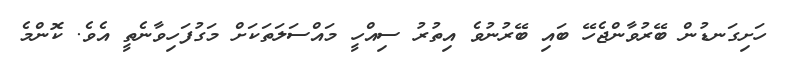
ހަށިގަނޑުން ބޭރުވާންޖެހޭ ބައި ބޭރުނުވެ އިތުރު ސިއްހީ މައްސަލަތަކަށް މަގުފަހިވާނެތީ އެވެ. ކޮންމެ